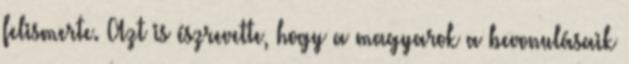
felismerte. Azt is észrevette, hogy a magyarok a bevonulásaik